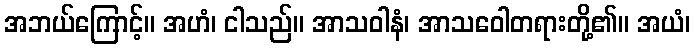
အဘယ်ကြောင့်။ အဟံ၊ ငါသည်။ အာသဝါနံ၊ အာသဝေါတရားတို့၏။ အယံ၊